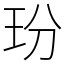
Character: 玢